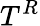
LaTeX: T^{R}